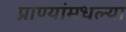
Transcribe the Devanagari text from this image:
प्राण्यांमधल्या